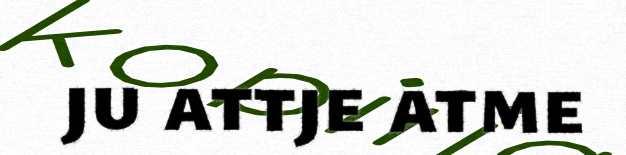
ju attje atme